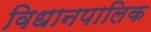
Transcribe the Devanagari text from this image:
विधानपालिक